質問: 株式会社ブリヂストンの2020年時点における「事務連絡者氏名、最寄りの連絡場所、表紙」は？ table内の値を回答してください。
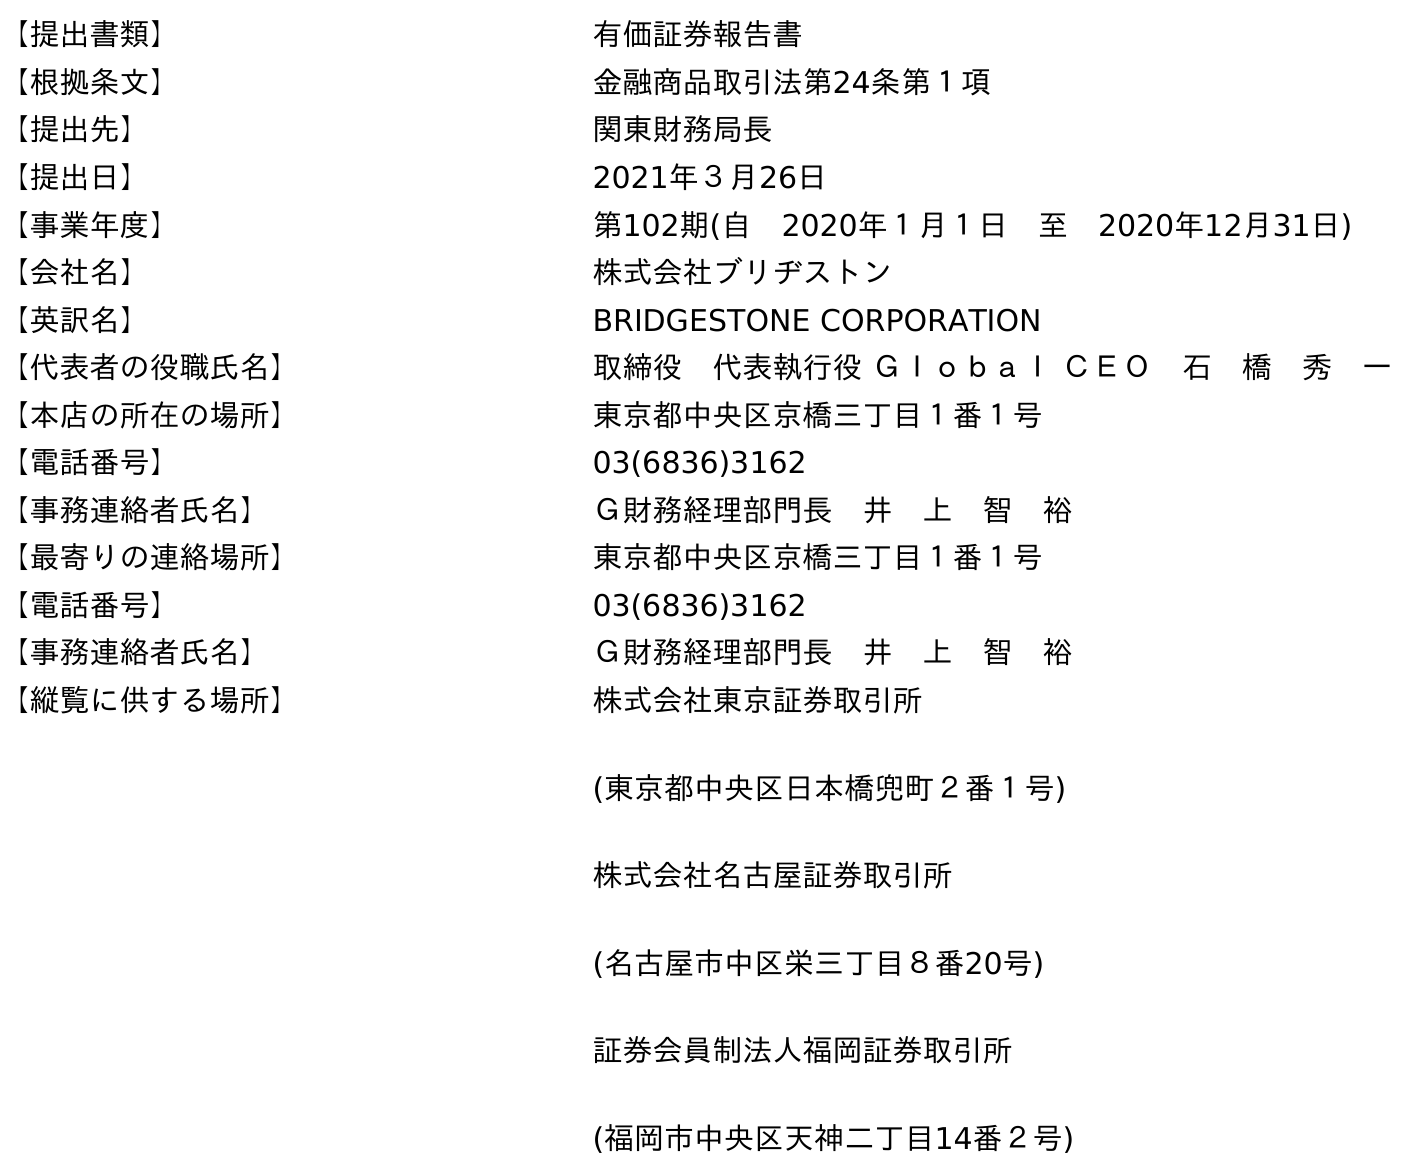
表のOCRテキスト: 【提出書類】 有価証券報告書 【根拠条文】 金融商品取引法第24条第１項 【提出先】 関東財務局長 【提出日】 2021年３月26日 【事業年度】 第102期(自 2020年１月１日 至 2020年12月31日) 【会社名】 株式会社ブリヂストン 【英訳名】 BRIDGESTONE CORPORATION 【代表者の役職氏名】 取締役 代表執行役 Ｇｌｏｂａｌ ＣＥＯ 石 橋 秀 一 【本店の所在の場所】 東京都中央区京橋三丁目１番１号 【電話番号】 03(6836)3162 【事務連絡者氏名】 Ｇ財務経理部門長 井 上 智 裕 【最寄りの連絡場所】 東京都中央区京橋三丁目１番１号 【電話番号】 03(6836)3162 【事務連絡者氏名】 Ｇ財務経理部門長 井 上 智 裕 【縦覧に供する場所】 株式会社東京証券取引所 (東京都中央区日本橋兜町２番１号) 株式会社名古屋証券取引所 (名古屋市中区栄三丁目８番20号) 証券会員制法人福岡証券取引所 (福岡市中央区天神二丁目14番２号)
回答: Ｇ財務経理部門長　井　上　智　裕